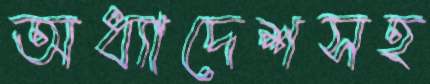
অধ্যাদেশসহ